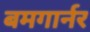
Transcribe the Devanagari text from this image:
बमगार्नर